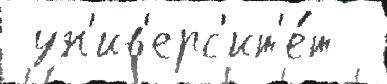
 ун'ив'ерс'ит'е́т